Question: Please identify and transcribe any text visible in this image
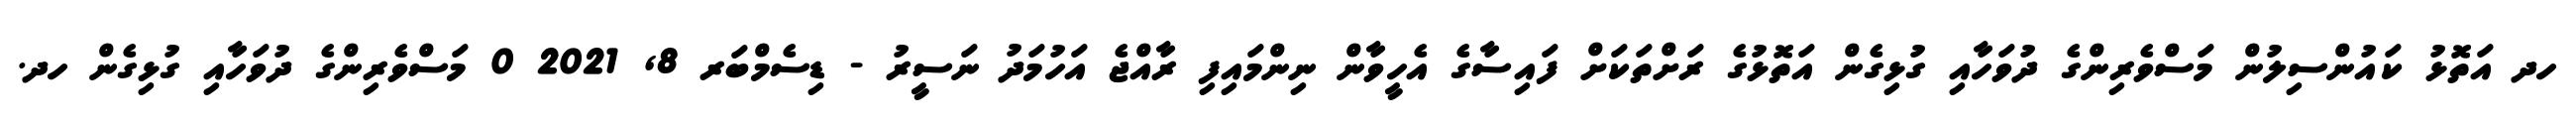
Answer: ހދ އަތޮޅު ކައުންސިލުން މަސްވެރިންގެ ދުވަހާއި ގުޅިގެން އަތޮޅުގެ ރަށްތަކަށް ފައިސާގެ އެހީވާން ނިންމައިފި ރާއްޖެ އަހުމަދު ނަސީރު - ޑިސެމްބަރ 8, 2021 0 މަސްވެރިންގެ ދުވަހާއި ގުޅިގެން ހދ.